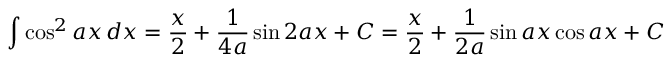
\int \cos ^ { 2 } { a x } \, d x = { \frac { x } { 2 } } + { \frac { 1 } { 4 a } } \sin 2 a x + C = { \frac { x } { 2 } } + { \frac { 1 } { 2 a } } \sin a x \cos a x + C